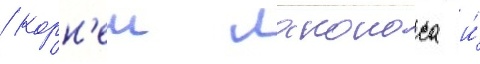
/ корн'еи лаконоса и́